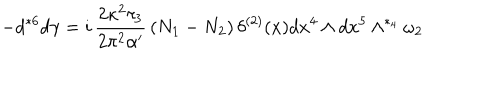
- d { } ^ { * 6 } d \gamma = i \, \frac { 2 \kappa ^ { 2 } \tau _ { 3 } } { 2 \pi ^ { 2 } \alpha ^ { \prime } } \, ( N _ { 1 } - N _ { 2 } ) \, \delta ^ { ( 2 ) } ( x ) d x ^ { 4 } \wedge d x ^ { 5 } \wedge ^ { * _ { 4 } } \omega _ { 2 }